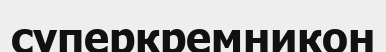
суперкремникон